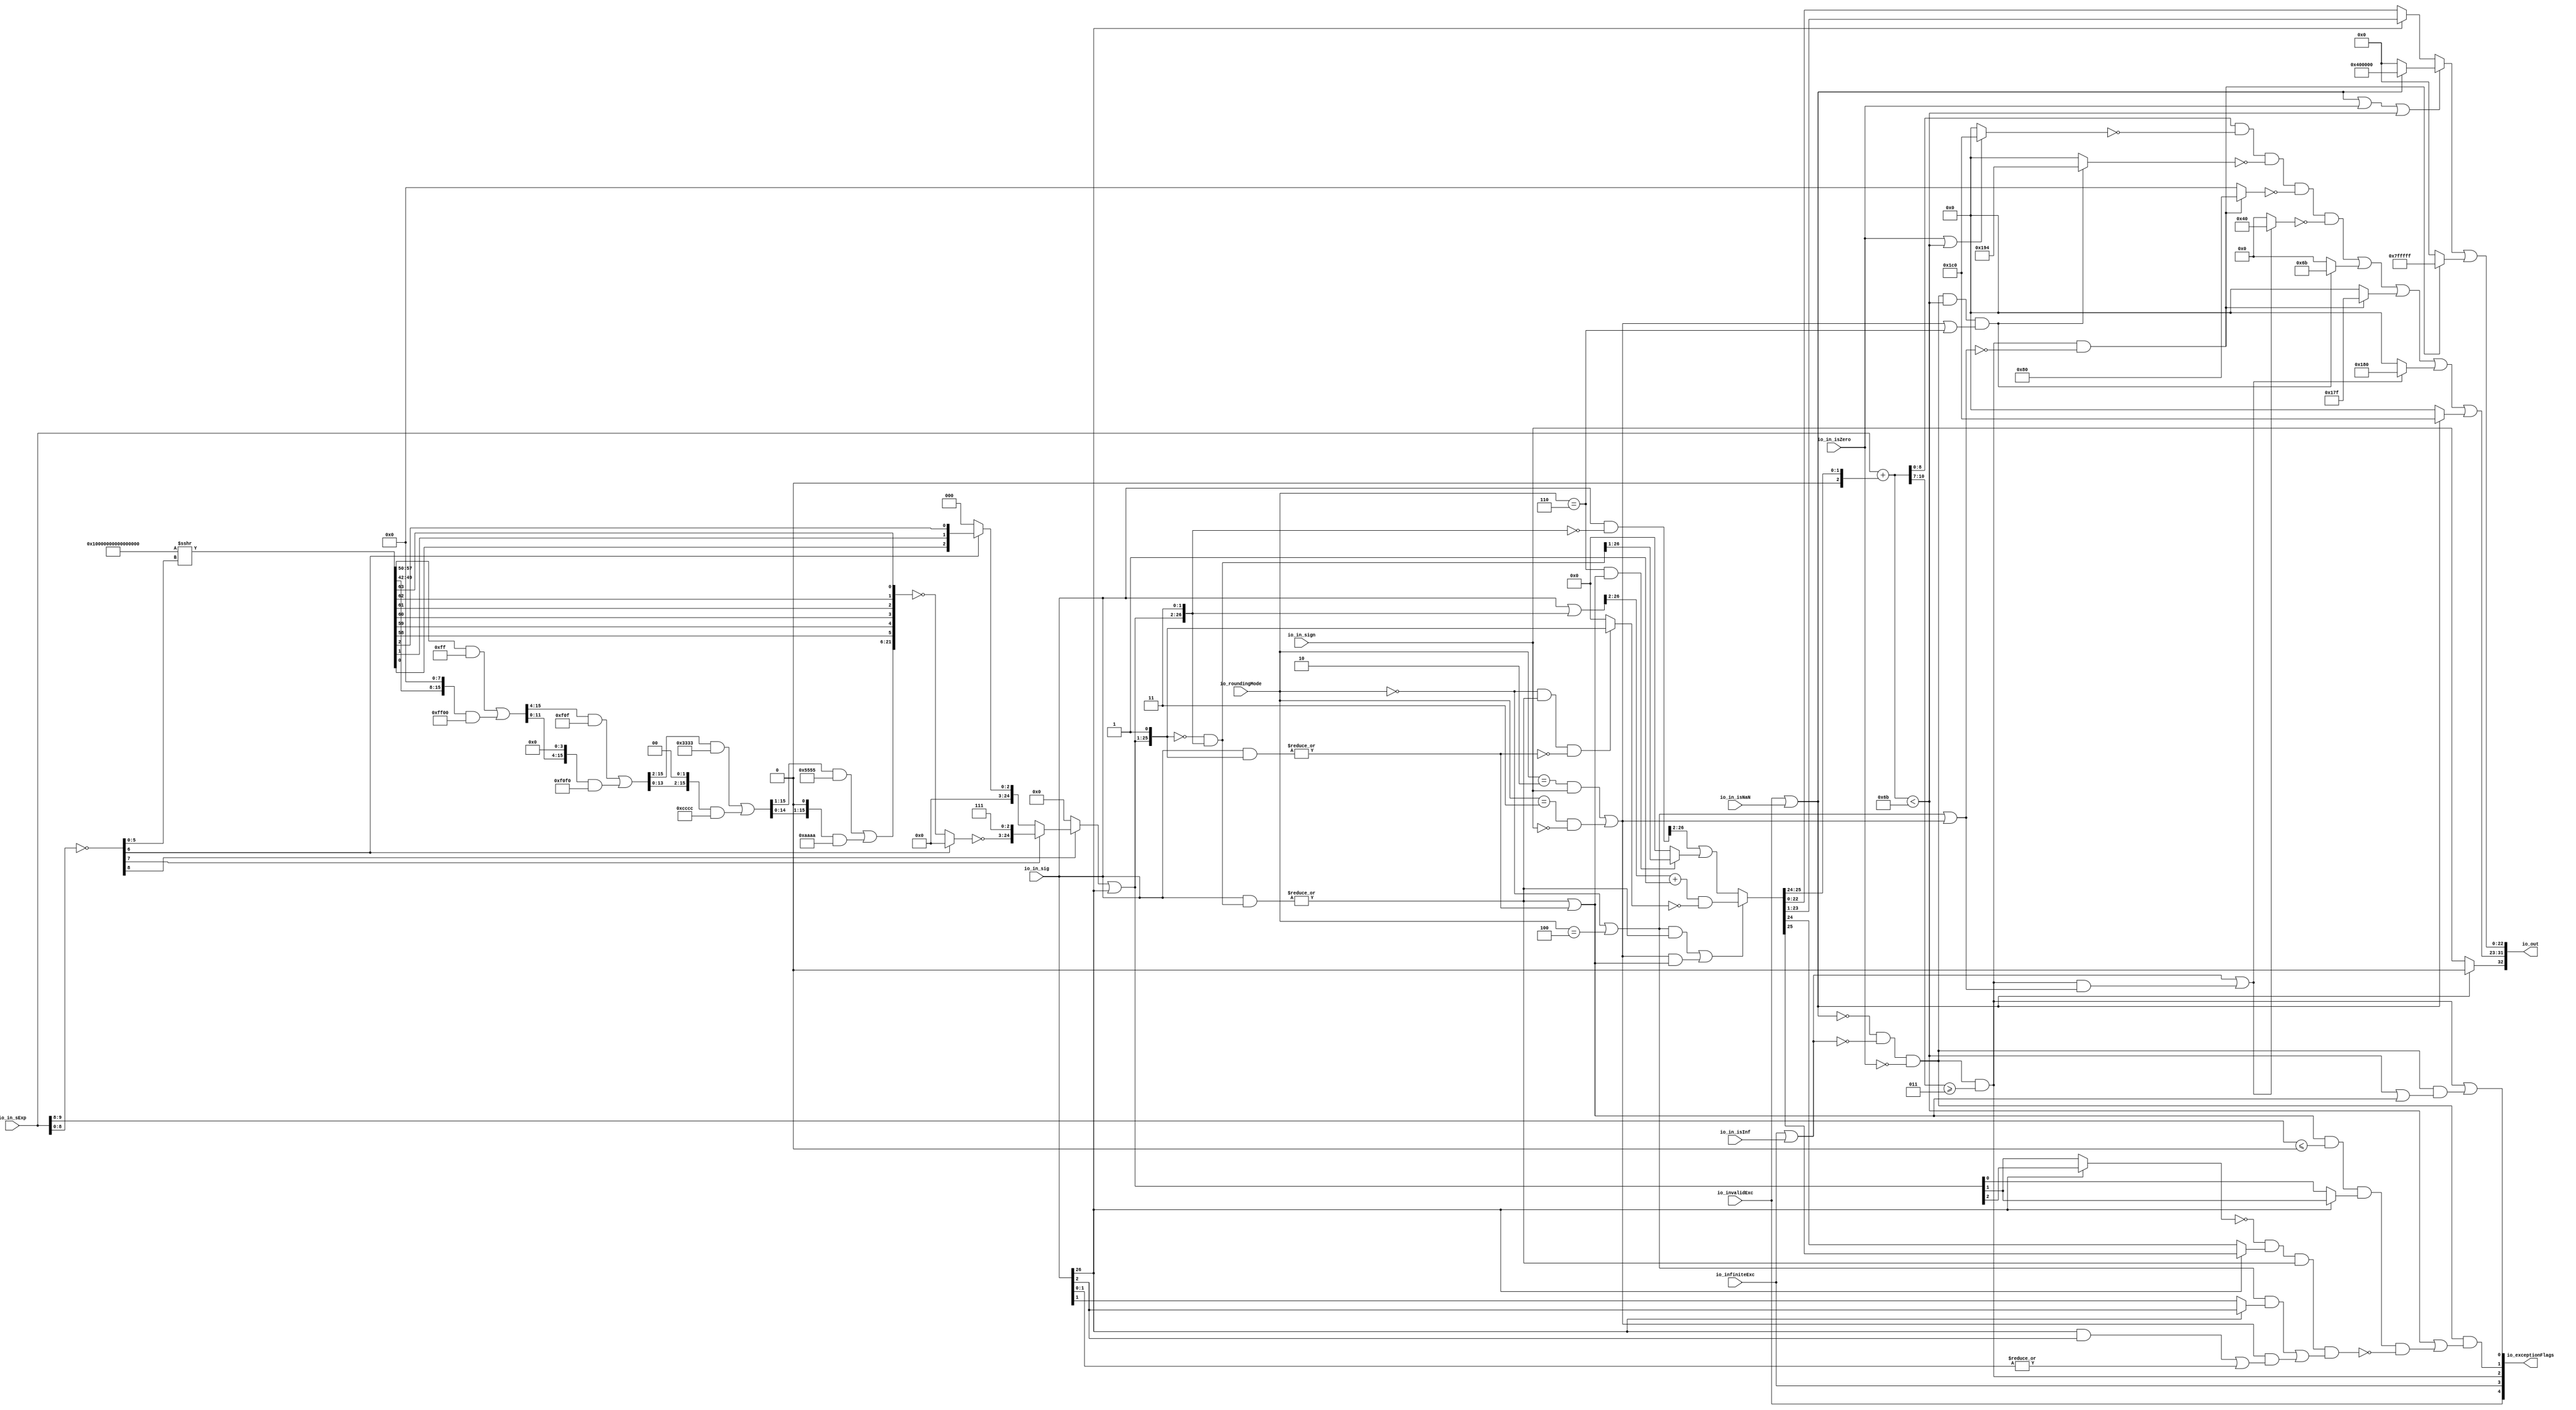
module RoundAnyRawFNToRecFN(
  input         io_invalidExc,
  input         io_infiniteExc,
  input         io_in_isNaN,
  input         io_in_isInf,
  input         io_in_isZero,
  input         io_in_sign,
  input  [9:0]  io_in_sExp,
  input  [26:0] io_in_sig,
  input  [2:0]  io_roundingMode,
  output [32:0] io_out,
  output [4:0]  io_exceptionFlags
);
  wire  roundingMode_near_even = io_roundingMode == 3'h0; // @[RoundAnyRawFNToRecFN.scala 88:53]
  wire  roundingMode_min = io_roundingMode == 3'h2; // @[RoundAnyRawFNToRecFN.scala 90:53]
  wire  roundingMode_max = io_roundingMode == 3'h3; // @[RoundAnyRawFNToRecFN.scala 91:53]
  wire  roundingMode_near_maxMag = io_roundingMode == 3'h4; // @[RoundAnyRawFNToRecFN.scala 92:53]
  wire  roundingMode_odd = io_roundingMode == 3'h6; // @[RoundAnyRawFNToRecFN.scala 93:53]
  wire  roundMagUp = roundingMode_min & io_in_sign | roundingMode_max & ~io_in_sign; // @[RoundAnyRawFNToRecFN.scala 96:42]
  wire  doShiftSigDown1 = io_in_sig[26]; // @[RoundAnyRawFNToRecFN.scala 118:61]
  wire [8:0] _roundMask_T_1 = ~io_in_sExp[8:0]; // @[primitives.scala 51:21]
  wire  roundMask_msb = _roundMask_T_1[8]; // @[primitives.scala 57:25]
  wire [7:0] roundMask_lsbs = _roundMask_T_1[7:0]; // @[primitives.scala 58:26]
  wire  roundMask_msb_1 = roundMask_lsbs[7]; // @[primitives.scala 57:25]
  wire [6:0] roundMask_lsbs_1 = roundMask_lsbs[6:0]; // @[primitives.scala 58:26]
  wire  roundMask_msb_2 = roundMask_lsbs_1[6]; // @[primitives.scala 57:25]
  wire [5:0] roundMask_lsbs_2 = roundMask_lsbs_1[5:0]; // @[primitives.scala 58:26]
  wire [64:0] roundMask_shift = 65'sh10000000000000000 >>> roundMask_lsbs_2; // @[primitives.scala 77:58]
  wire [15:0] _GEN_0 = {{8'd0}, roundMask_shift[57:50]}; // @[Bitwise.scala 105:31]
  wire [15:0] _roundMask_T_7 = _GEN_0 & 16'hff; // @[Bitwise.scala 105:31]
  wire [15:0] _roundMask_T_9 = {roundMask_shift[49:42], 8'h0}; // @[Bitwise.scala 105:70]
  wire [15:0] _roundMask_T_11 = _roundMask_T_9 & 16'hff00; // @[Bitwise.scala 105:80]
  wire [15:0] _roundMask_T_12 = _roundMask_T_7 | _roundMask_T_11; // @[Bitwise.scala 105:39]
  wire [15:0] _GEN_1 = {{4'd0}, _roundMask_T_12[15:4]}; // @[Bitwise.scala 105:31]
  wire [15:0] _roundMask_T_17 = _GEN_1 & 16'hf0f; // @[Bitwise.scala 105:31]
  wire [15:0] _roundMask_T_19 = {_roundMask_T_12[11:0], 4'h0}; // @[Bitwise.scala 105:70]
  wire [15:0] _roundMask_T_21 = _roundMask_T_19 & 16'hf0f0; // @[Bitwise.scala 105:80]
  wire [15:0] _roundMask_T_22 = _roundMask_T_17 | _roundMask_T_21; // @[Bitwise.scala 105:39]
  wire [15:0] _GEN_2 = {{2'd0}, _roundMask_T_22[15:2]}; // @[Bitwise.scala 105:31]
  wire [15:0] _roundMask_T_27 = _GEN_2 & 16'h3333; // @[Bitwise.scala 105:31]
  wire [15:0] _roundMask_T_29 = {_roundMask_T_22[13:0], 2'h0}; // @[Bitwise.scala 105:70]
  wire [15:0] _roundMask_T_31 = _roundMask_T_29 & 16'hcccc; // @[Bitwise.scala 105:80]
  wire [15:0] _roundMask_T_32 = _roundMask_T_27 | _roundMask_T_31; // @[Bitwise.scala 105:39]
  wire [15:0] _GEN_3 = {{1'd0}, _roundMask_T_32[15:1]}; // @[Bitwise.scala 105:31]
  wire [15:0] _roundMask_T_37 = _GEN_3 & 16'h5555; // @[Bitwise.scala 105:31]
  wire [15:0] _roundMask_T_39 = {_roundMask_T_32[14:0], 1'h0}; // @[Bitwise.scala 105:70]
  wire [15:0] _roundMask_T_41 = _roundMask_T_39 & 16'haaaa; // @[Bitwise.scala 105:80]
  wire [15:0] _roundMask_T_42 = _roundMask_T_37 | _roundMask_T_41; // @[Bitwise.scala 105:39]
  wire [21:0] _roundMask_T_59 = {_roundMask_T_42,roundMask_shift[58],roundMask_shift[59],roundMask_shift[60],
    roundMask_shift[61],roundMask_shift[62],roundMask_shift[63]}; // @[Cat.scala 31:58]
  wire [21:0] _roundMask_T_60 = ~_roundMask_T_59; // @[primitives.scala 74:36]
  wire [21:0] _roundMask_T_61 = roundMask_msb_2 ? 22'h0 : _roundMask_T_60; // @[primitives.scala 74:21]
  wire [21:0] _roundMask_T_62 = ~_roundMask_T_61; // @[primitives.scala 74:17]
  wire [24:0] _roundMask_T_63 = {_roundMask_T_62,3'h7}; // @[Cat.scala 31:58]
  wire [2:0] _roundMask_T_70 = {roundMask_shift[0],roundMask_shift[1],roundMask_shift[2]}; // @[Cat.scala 31:58]
  wire [2:0] _roundMask_T_71 = roundMask_msb_2 ? _roundMask_T_70 : 3'h0; // @[primitives.scala 61:24]
  wire [24:0] _roundMask_T_72 = roundMask_msb_1 ? _roundMask_T_63 : {{22'd0}, _roundMask_T_71}; // @[primitives.scala 66:24]
  wire [24:0] _roundMask_T_73 = roundMask_msb ? _roundMask_T_72 : 25'h0; // @[primitives.scala 61:24]
  wire [24:0] _GEN_4 = {{24'd0}, doShiftSigDown1}; // @[RoundAnyRawFNToRecFN.scala 157:23]
  wire [24:0] _roundMask_T_74 = _roundMask_T_73 | _GEN_4; // @[RoundAnyRawFNToRecFN.scala 157:23]
  wire [26:0] roundMask = {_roundMask_T_74,2'h3}; // @[Cat.scala 31:58]
  wire [26:0] shiftedRoundMask = {1'h0,roundMask[26:1]}; // @[Cat.scala 31:58]
  wire [26:0] _roundPosMask_T = ~shiftedRoundMask; // @[RoundAnyRawFNToRecFN.scala 161:28]
  wire [26:0] roundPosMask = _roundPosMask_T & roundMask; // @[RoundAnyRawFNToRecFN.scala 161:46]
  wire [26:0] _roundPosBit_T = io_in_sig & roundPosMask; // @[RoundAnyRawFNToRecFN.scala 162:40]
  wire  roundPosBit = |_roundPosBit_T; // @[RoundAnyRawFNToRecFN.scala 162:56]
  wire [26:0] _anyRoundExtra_T = io_in_sig & shiftedRoundMask; // @[RoundAnyRawFNToRecFN.scala 163:42]
  wire  anyRoundExtra = |_anyRoundExtra_T; // @[RoundAnyRawFNToRecFN.scala 163:62]
  wire  anyRound = roundPosBit | anyRoundExtra; // @[RoundAnyRawFNToRecFN.scala 164:36]
  wire  _roundIncr_T = roundingMode_near_even | roundingMode_near_maxMag; // @[RoundAnyRawFNToRecFN.scala 167:38]
  wire  _roundIncr_T_1 = (roundingMode_near_even | roundingMode_near_maxMag) & roundPosBit; // @[RoundAnyRawFNToRecFN.scala 167:67]
  wire  _roundIncr_T_2 = roundMagUp & anyRound; // @[RoundAnyRawFNToRecFN.scala 169:29]
  wire  roundIncr = _roundIncr_T_1 | _roundIncr_T_2; // @[RoundAnyRawFNToRecFN.scala 168:31]
  wire [26:0] _roundedSig_T = io_in_sig | roundMask; // @[RoundAnyRawFNToRecFN.scala 172:32]
  wire [25:0] _roundedSig_T_2 = _roundedSig_T[26:2] + 25'h1; // @[RoundAnyRawFNToRecFN.scala 172:49]
  wire  _roundedSig_T_4 = ~anyRoundExtra; // @[RoundAnyRawFNToRecFN.scala 174:30]
  wire [25:0] _roundedSig_T_7 = roundingMode_near_even & roundPosBit & _roundedSig_T_4 ? roundMask[26:1] : 26'h0; // @[RoundAnyRawFNToRecFN.scala 173:25]
  wire [25:0] _roundedSig_T_8 = ~_roundedSig_T_7; // @[RoundAnyRawFNToRecFN.scala 173:21]
  wire [25:0] _roundedSig_T_9 = _roundedSig_T_2 & _roundedSig_T_8; // @[RoundAnyRawFNToRecFN.scala 172:61]
  wire [26:0] _roundedSig_T_10 = ~roundMask; // @[RoundAnyRawFNToRecFN.scala 178:32]
  wire [26:0] _roundedSig_T_11 = io_in_sig & _roundedSig_T_10; // @[RoundAnyRawFNToRecFN.scala 178:30]
  wire [25:0] _roundedSig_T_15 = roundingMode_odd & anyRound ? roundPosMask[26:1] : 26'h0; // @[RoundAnyRawFNToRecFN.scala 179:24]
  wire [25:0] _GEN_5 = {{1'd0}, _roundedSig_T_11[26:2]}; // @[RoundAnyRawFNToRecFN.scala 178:47]
  wire [25:0] _roundedSig_T_16 = _GEN_5 | _roundedSig_T_15; // @[RoundAnyRawFNToRecFN.scala 178:47]
  wire [25:0] roundedSig = roundIncr ? _roundedSig_T_9 : _roundedSig_T_16; // @[RoundAnyRawFNToRecFN.scala 171:16]
  wire [2:0] _sRoundedExp_T_1 = {1'b0,$signed(roundedSig[25:24])}; // @[RoundAnyRawFNToRecFN.scala 183:69]
  wire [9:0] _GEN_6 = {{7{_sRoundedExp_T_1[2]}},_sRoundedExp_T_1}; // @[RoundAnyRawFNToRecFN.scala 183:40]
  wire [10:0] sRoundedExp = $signed(io_in_sExp) + $signed(_GEN_6); // @[RoundAnyRawFNToRecFN.scala 183:40]
  wire [8:0] common_expOut = sRoundedExp[8:0]; // @[RoundAnyRawFNToRecFN.scala 185:37]
  wire [22:0] common_fractOut = doShiftSigDown1 ? roundedSig[23:1] : roundedSig[22:0]; // @[RoundAnyRawFNToRecFN.scala 187:16]
  wire [3:0] _common_overflow_T = sRoundedExp[10:7]; // @[RoundAnyRawFNToRecFN.scala 194:30]
  wire  common_overflow = $signed(_common_overflow_T) >= 4'sh3; // @[RoundAnyRawFNToRecFN.scala 194:50]
  wire  common_totalUnderflow = $signed(sRoundedExp) < 11'sh6b; // @[RoundAnyRawFNToRecFN.scala 198:31]
  wire  unboundedRange_roundPosBit = doShiftSigDown1 ? io_in_sig[2] : io_in_sig[1]; // @[RoundAnyRawFNToRecFN.scala 201:16]
  wire  unboundedRange_anyRound = doShiftSigDown1 & io_in_sig[2] | |io_in_sig[1:0]; // @[RoundAnyRawFNToRecFN.scala 203:49]
  wire  _unboundedRange_roundIncr_T_1 = _roundIncr_T & unboundedRange_roundPosBit; // @[RoundAnyRawFNToRecFN.scala 205:67]
  wire  _unboundedRange_roundIncr_T_2 = roundMagUp & unboundedRange_anyRound; // @[RoundAnyRawFNToRecFN.scala 207:29]
  wire  unboundedRange_roundIncr = _unboundedRange_roundIncr_T_1 | _unboundedRange_roundIncr_T_2; // @[RoundAnyRawFNToRecFN.scala 206:46]
  wire  roundCarry = doShiftSigDown1 ? roundedSig[25] : roundedSig[24]; // @[RoundAnyRawFNToRecFN.scala 209:16]
  wire [1:0] _common_underflow_T = io_in_sExp[9:8]; // @[RoundAnyRawFNToRecFN.scala 218:48]
  wire  _common_underflow_T_5 = doShiftSigDown1 ? roundMask[3] : roundMask[2]; // @[RoundAnyRawFNToRecFN.scala 219:30]
  wire  _common_underflow_T_6 = anyRound & $signed(_common_underflow_T) <= 2'sh0 & _common_underflow_T_5; // @[RoundAnyRawFNToRecFN.scala 218:74]
  wire  _common_underflow_T_10 = doShiftSigDown1 ? roundMask[4] : roundMask[3]; // @[RoundAnyRawFNToRecFN.scala 221:39]
  wire  _common_underflow_T_11 = ~_common_underflow_T_10; // @[RoundAnyRawFNToRecFN.scala 221:34]
  wire  _common_underflow_T_13 = _common_underflow_T_11 & roundCarry; // @[RoundAnyRawFNToRecFN.scala 224:38]
  wire  _common_underflow_T_15 = _common_underflow_T_13 & roundPosBit & unboundedRange_roundIncr; // @[RoundAnyRawFNToRecFN.scala 225:60]
  wire  _common_underflow_T_16 = ~_common_underflow_T_15; // @[RoundAnyRawFNToRecFN.scala 220:27]
  wire  _common_underflow_T_17 = _common_underflow_T_6 & _common_underflow_T_16; // @[RoundAnyRawFNToRecFN.scala 219:76]
  wire  common_underflow = common_totalUnderflow | _common_underflow_T_17; // @[RoundAnyRawFNToRecFN.scala 215:40]
  wire  common_inexact = common_totalUnderflow | anyRound; // @[RoundAnyRawFNToRecFN.scala 228:49]
  wire  isNaNOut = io_invalidExc | io_in_isNaN; // @[RoundAnyRawFNToRecFN.scala 233:34]
  wire  notNaN_isSpecialInfOut = io_infiniteExc | io_in_isInf; // @[RoundAnyRawFNToRecFN.scala 234:49]
  wire  commonCase = ~isNaNOut & ~notNaN_isSpecialInfOut & ~io_in_isZero; // @[RoundAnyRawFNToRecFN.scala 235:61]
  wire  overflow = commonCase & common_overflow; // @[RoundAnyRawFNToRecFN.scala 236:32]
  wire  underflow = commonCase & common_underflow; // @[RoundAnyRawFNToRecFN.scala 237:32]
  wire  inexact = overflow | commonCase & common_inexact; // @[RoundAnyRawFNToRecFN.scala 238:28]
  wire  overflow_roundMagUp = _roundIncr_T | roundMagUp; // @[RoundAnyRawFNToRecFN.scala 241:60]
  wire  pegMinNonzeroMagOut = commonCase & common_totalUnderflow & (roundMagUp | roundingMode_odd); // @[RoundAnyRawFNToRecFN.scala 243:45]
  wire  pegMaxFiniteMagOut = overflow & ~overflow_roundMagUp; // @[RoundAnyRawFNToRecFN.scala 244:39]
  wire  notNaN_isInfOut = notNaN_isSpecialInfOut | overflow & overflow_roundMagUp; // @[RoundAnyRawFNToRecFN.scala 246:32]
  wire  signOut = isNaNOut ? 1'h0 : io_in_sign; // @[RoundAnyRawFNToRecFN.scala 248:22]
  wire [8:0] _expOut_T_1 = io_in_isZero | common_totalUnderflow ? 9'h1c0 : 9'h0; // @[RoundAnyRawFNToRecFN.scala 251:18]
  wire [8:0] _expOut_T_2 = ~_expOut_T_1; // @[RoundAnyRawFNToRecFN.scala 251:14]
  wire [8:0] _expOut_T_3 = common_expOut & _expOut_T_2; // @[RoundAnyRawFNToRecFN.scala 250:24]
  wire [8:0] _expOut_T_5 = pegMinNonzeroMagOut ? 9'h194 : 9'h0; // @[RoundAnyRawFNToRecFN.scala 255:18]
  wire [8:0] _expOut_T_6 = ~_expOut_T_5; // @[RoundAnyRawFNToRecFN.scala 255:14]
  wire [8:0] _expOut_T_7 = _expOut_T_3 & _expOut_T_6; // @[RoundAnyRawFNToRecFN.scala 254:17]
  wire [8:0] _expOut_T_8 = pegMaxFiniteMagOut ? 9'h80 : 9'h0; // @[RoundAnyRawFNToRecFN.scala 259:18]
  wire [8:0] _expOut_T_9 = ~_expOut_T_8; // @[RoundAnyRawFNToRecFN.scala 259:14]
  wire [8:0] _expOut_T_10 = _expOut_T_7 & _expOut_T_9; // @[RoundAnyRawFNToRecFN.scala 258:17]
  wire [8:0] _expOut_T_11 = notNaN_isInfOut ? 9'h40 : 9'h0; // @[RoundAnyRawFNToRecFN.scala 263:18]
  wire [8:0] _expOut_T_12 = ~_expOut_T_11; // @[RoundAnyRawFNToRecFN.scala 263:14]
  wire [8:0] _expOut_T_13 = _expOut_T_10 & _expOut_T_12; // @[RoundAnyRawFNToRecFN.scala 262:17]
  wire [8:0] _expOut_T_14 = pegMinNonzeroMagOut ? 9'h6b : 9'h0; // @[RoundAnyRawFNToRecFN.scala 267:16]
  wire [8:0] _expOut_T_15 = _expOut_T_13 | _expOut_T_14; // @[RoundAnyRawFNToRecFN.scala 266:18]
  wire [8:0] _expOut_T_16 = pegMaxFiniteMagOut ? 9'h17f : 9'h0; // @[RoundAnyRawFNToRecFN.scala 271:16]
  wire [8:0] _expOut_T_17 = _expOut_T_15 | _expOut_T_16; // @[RoundAnyRawFNToRecFN.scala 270:15]
  wire [8:0] _expOut_T_18 = notNaN_isInfOut ? 9'h180 : 9'h0; // @[RoundAnyRawFNToRecFN.scala 275:16]
  wire [8:0] _expOut_T_19 = _expOut_T_17 | _expOut_T_18; // @[RoundAnyRawFNToRecFN.scala 274:15]
  wire [8:0] _expOut_T_20 = isNaNOut ? 9'h1c0 : 9'h0; // @[RoundAnyRawFNToRecFN.scala 276:16]
  wire [8:0] expOut = _expOut_T_19 | _expOut_T_20; // @[RoundAnyRawFNToRecFN.scala 275:77]
  wire [22:0] _fractOut_T_2 = isNaNOut ? 23'h400000 : 23'h0; // @[RoundAnyRawFNToRecFN.scala 279:16]
  wire [22:0] _fractOut_T_3 = isNaNOut | io_in_isZero | common_totalUnderflow ? _fractOut_T_2 : common_fractOut; // @[RoundAnyRawFNToRecFN.scala 278:12]
  wire [22:0] _fractOut_T_5 = pegMaxFiniteMagOut ? 23'h7fffff : 23'h0; // @[Bitwise.scala 74:12]
  wire [22:0] fractOut = _fractOut_T_3 | _fractOut_T_5; // @[RoundAnyRawFNToRecFN.scala 281:11]
  wire [9:0] io_out_hi = {signOut,expOut}; // @[Cat.scala 31:58]
  wire [1:0] io_exceptionFlags_lo = {underflow,inexact}; // @[Cat.scala 31:58]
  wire [2:0] io_exceptionFlags_hi = {io_invalidExc,io_infiniteExc,overflow}; // @[Cat.scala 31:58]
  assign io_out = {io_out_hi,fractOut}; // @[Cat.scala 31:58]
  assign io_exceptionFlags = {io_exceptionFlags_hi,io_exceptionFlags_lo}; // @[Cat.scala 31:58]
endmodule